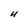
Character: H